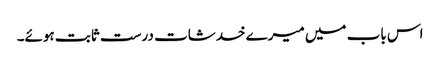
اس باب میں میرے خدشات درست ثابت ہوئے۔